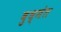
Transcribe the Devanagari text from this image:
बुध्मंत